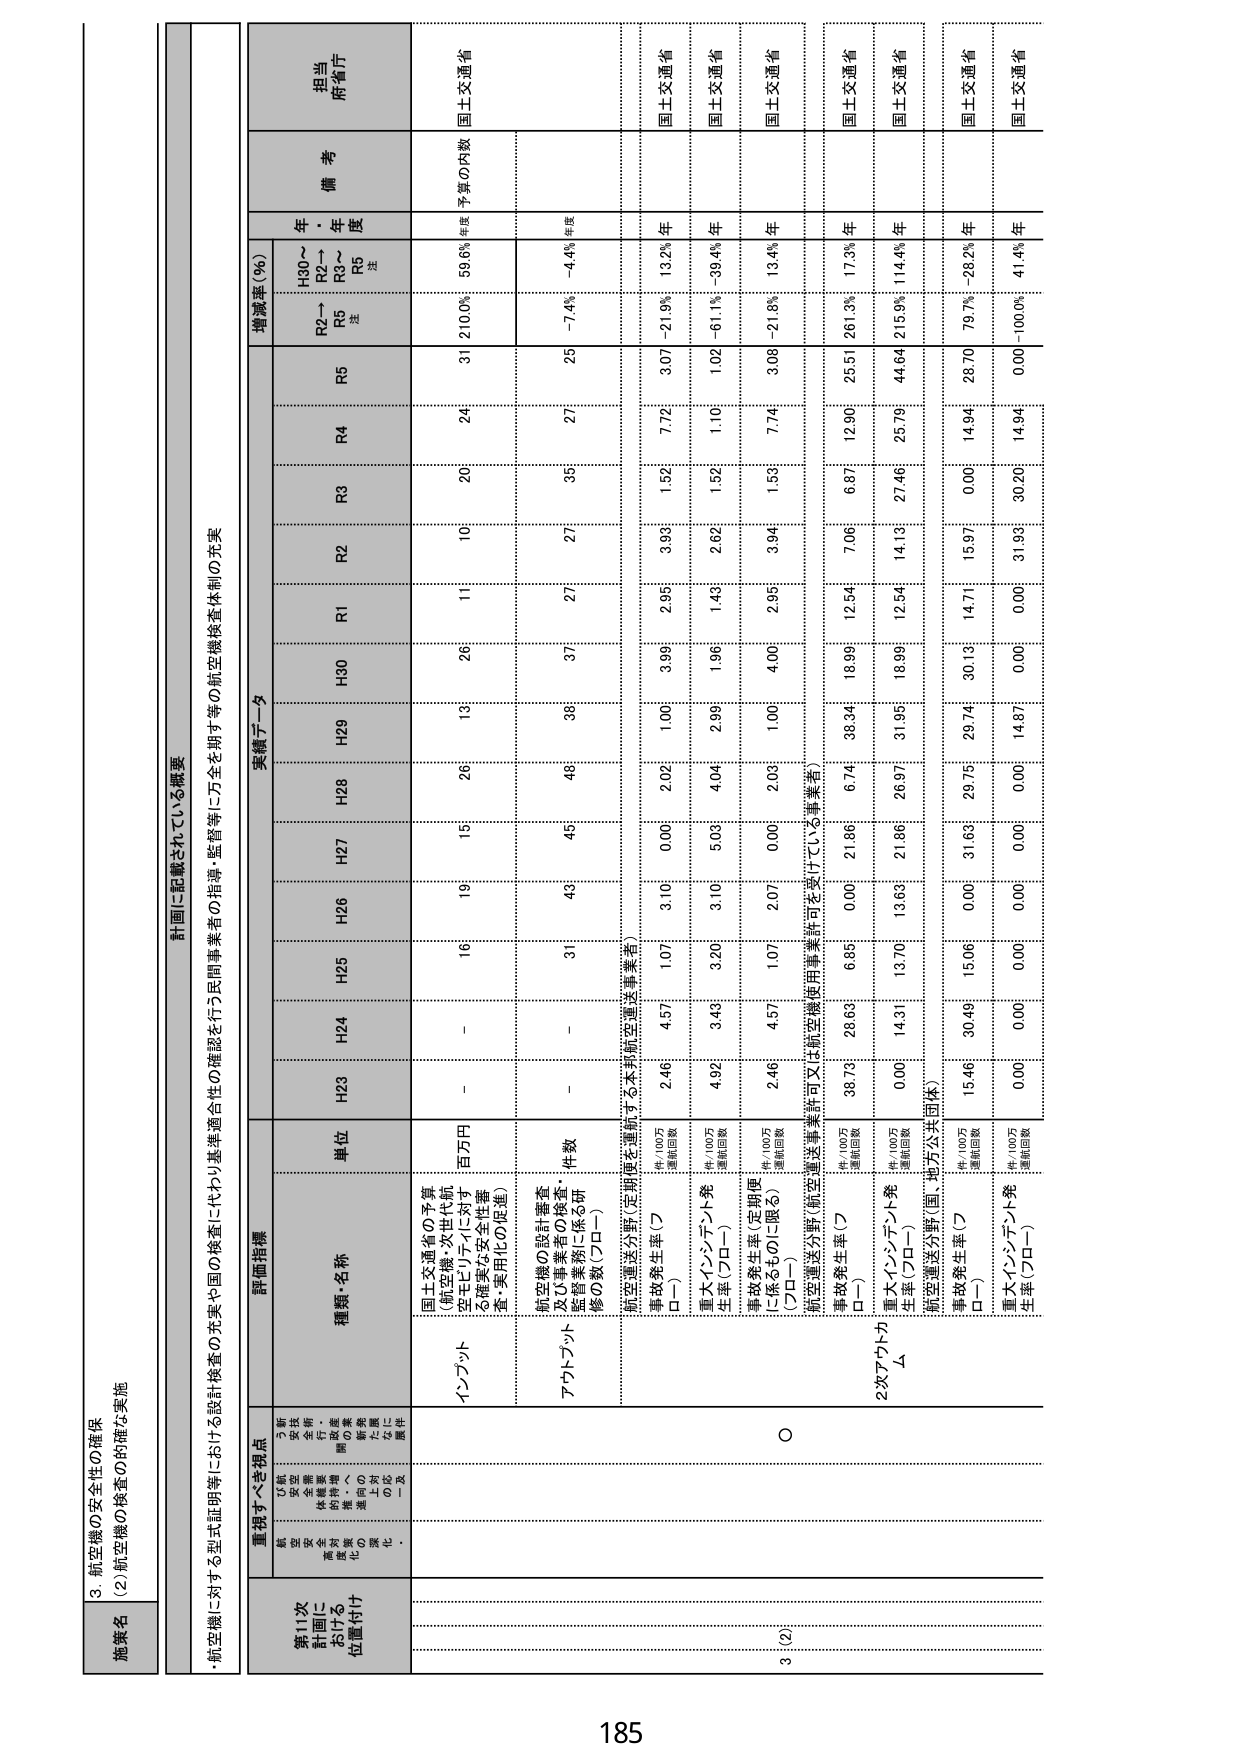
3. 航空機の安全性の確保
(2) 航空機の検査の円滑な実施

施策名

計画に記載されている概要
・航空機に対する型式証明等における設計検査の充実や国の検査に代わり基準適合性の確認を行う民間事業者の指導・監督等に万を期する航空機検査体制の充実

第11次
計画に
おける
位置付け

重視すべき視点
航空機の安全性の確保、民間事業者の自主的・自律的取組の促進に一役

評価指標

実績データ

増減率（％）

備考

担当
府・省庁

種類・名称

単位

H23

H24

H25

H26

H27

H28

H29

H30

R1

R2

R3

R4

R5

R2～R5
注

H30～R2～R5
注

年
度

予算の内数

インプット
国土交通省の予算（航空機・次世代航空モビリティに対する健全な安全性審査・実用化の促進）
百万円
－
－
16
19
15
26
13
26
11
10
20
24
31
2100
59.6%
年度
国土交通省

アウトプット
航空機の設計審査及び事業者の検査・監督業務に係る研修の数（フロー）
件数
－
－
31
40
45
48
38
37
27
27
35
27
25
－7.4%
年度

航空運送分野（定期便を運航する本邦航空運送事業者）
事故発生率（フロー）
件/100万運航回数
2.46
4.57
1.07
3.10
0.00
2.02
1.00
3.99
2.95
3.93
1.52
7.72
3.07
－21.9%
13.2%
年度
国土交通省

重大インシデント発生率（フロー）
件/100万運航回数
4.92
3.43
3.20
3.10
5.00
4.04
2.99
1.96
1.43
2.62
1.52
1.10
1.02
－61.1%
－39.4%
年度
国土交通省

事故発生率（定期便に係るものに限る）（フロー）
件/100万運航回数
2.46
4.57
1.07
2.07
0.00
2.03
1.00
4.00
2.95
3.94
1.53
7.74
3.08
－21.8%
13.4%
年度
国土交通省

航空運送分野（航空運送事業許可又は航空機使用事業許可を受けている事業者）
事故発生率（フロー）
件/100万運航回数
36.73
28.63
6.65
0.00
21.86
6.74
38.34
18.99
12.54
7.06
6.87
12.90
25.51
261.3%
17.3%
年度
国土交通省

重大インシデント発生率（フロー）
件/100万運航回数
0.00
14.31
13.70
13.63
21.86
26.97
31.95
18.99
12.54
14.13
27.46
25.79
44.64
215.9%
114.4%
年度
国土交通省

航空運送分野（国・地方公共団体）
事故発生率（フロー）
件/100万運航回数
15.46
30.49
15.06
0.00
31.63
29.75
29.74
30.13
14.71
15.97
0.00
14.94
28.70
79.7%
－28.2%
年度
国土交通省

重大インシデント発生率（フロー）
件/100万運航回数
0.00
0.00
0.00
0.00
0.00
0.00
14.97
0.00
0.00
31.93
30.20
14.94
0.00
－100.0%
41.4%
年度
国土交通省

3 (2)
○
2次アウトプット A

185